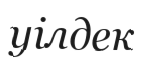
уілдек